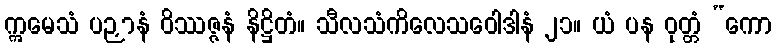
ဣမေသံ ပဉှာနံ ဝိဿဇ္ဇနံ နိဋ္ဌိတံ။ သီလသံကိလေသဝေါဒါနံ ၂၁။ ယံ ပန ဝုတ္တံ “ကော